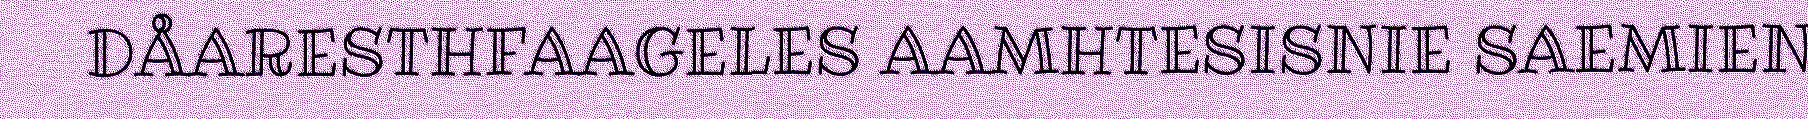
DÅARESTHFAAGELES AAMHTESISNIE SAEMIEN